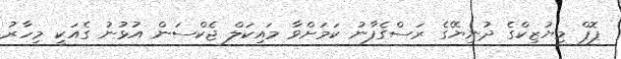
ޕޮޕް މިޔުޒިކްގެ ދުނިޔޭގެ ރަސްގެފާނު ކަމަށްވާ މައިކަލް ޖެކްސަން އުޅުނު ގެއަކީ މިހާރު